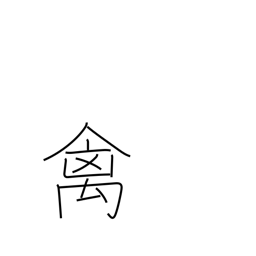
Meaning: bird